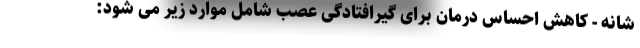
شانه - کاهش احساس درمان برای گیرافتادگی عصب شامل موارد زیر می شود: